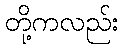
တို့ကလည်း